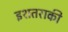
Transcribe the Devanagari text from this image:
इशतराकी